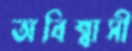
অবিশ্বাসী